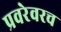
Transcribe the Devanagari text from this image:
प्रवरेवरच